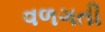
વળગતી